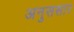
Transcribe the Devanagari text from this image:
अनुससार